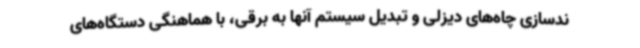
ندسازی چاه‌های دیزلی و تبدیل سیستم آنها به برقی، با هماهنگی دستگاه‌های